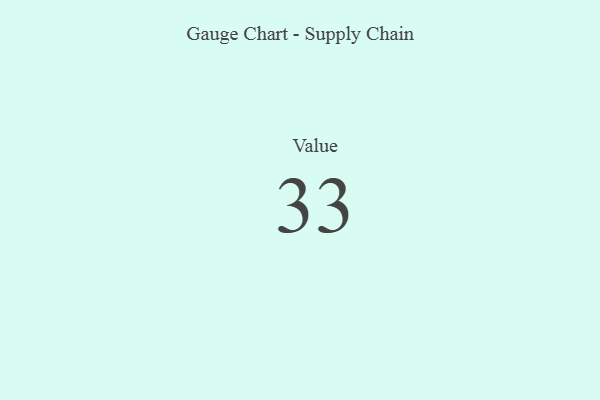
{"axis": {"x": "Metric", "y": "Value"}, "legend": [""], "data": [{"x": "Value", "y": 33, "type": ""}]}